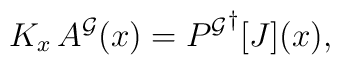
K_x \, A^{\cal G}(x) = {P^{\cal G}}^\dagger[J](x),